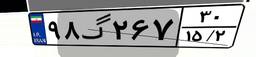
۹۸گ۲۶۷۳۰